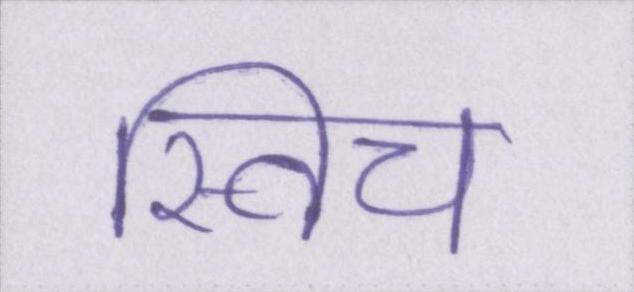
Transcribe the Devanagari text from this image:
स्विच